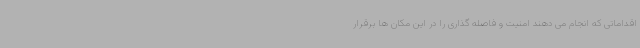
اقداماتی که انجام می دهند امنیت و فاصله گذاری را در این مکان ها برقرار